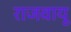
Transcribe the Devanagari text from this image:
राजवायू